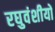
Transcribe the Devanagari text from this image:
रघुवंशीयों